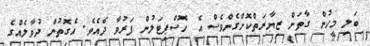
ބަލި މީހުން ގާތަށް ޒިޔާރަތްކޮށްގެންވެސް އެ ހޮސްޕިޓަލުން ފަރުވާ ދެއެވެ. އެގޮތުން ދުވާލެއްގެ